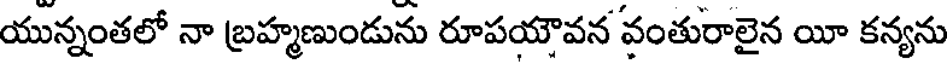
యున్నంతలో నా బ్రహ్మణుండును రూపయౌవన వంతురాలైన యీ కన్యను